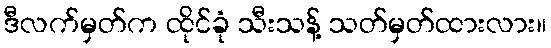
ဒီလက်မှတ်က ထိုင်ခုံ သီးသန့် သတ်မှတ်ထားလား။